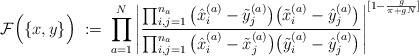
\begin{align*}{\cal F}\Big( \{ x, y \} \Big) \; := \;\prod_{a=1}^N\Bigg| \frac{\prod_{i,j=1}^{n_a}\big( \hat{x}^{(a)}_i - \tilde{y}^{(a)}_j \big)\big( \tilde{x}^{(a)}_i - \hat{y}^{(a)}_j \big)}{\prod_{i,j=1}^{n_a}\big( \hat{x}^{(a)}_i - \tilde{x}^{(a)}_j \big)\big( \tilde{y}^{(a)}_i - \hat{y}^{(a)}_j \big)} \Bigg|^{[1-\frac{g}{\pi+gN}]}\end{align*}